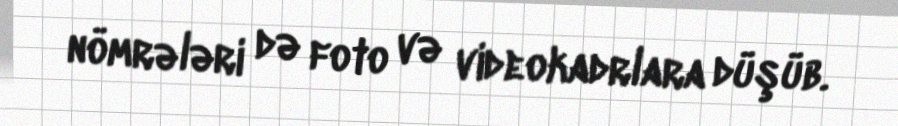
nömrələri də foto və videokadrlara düşüb.